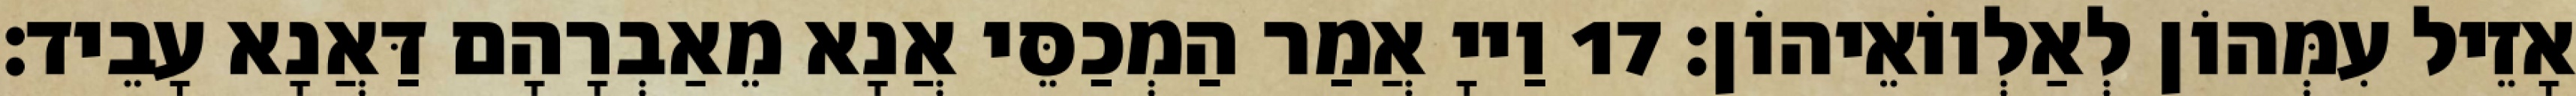
אָזֵיל עִמְּהוֹן לְאַלְווֹאֵיהוֹן׃ 17 וַייָ אֲמַר הַמְכַסֵּי אֲנָא מֵאַבְרָהָם דַּאֲנָא עָבֵיד׃